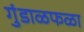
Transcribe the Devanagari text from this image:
गुंडाळफळा